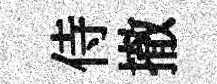
侍撤